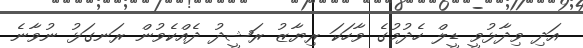
އަދި ވިދާޅުވީ ޑީލް ހެދުމުގެ ވާހަކަ ރިޔާޒު ރަޝީދު ދެއްކެވުން ރަނގަޅު ނުވާނެ